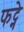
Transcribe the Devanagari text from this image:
फट्ने